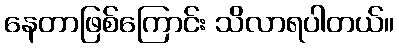
နေတာဖြစ်ကြောင်း သိလာရပါတယ်။